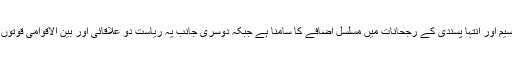
پاکستان کو اندرون ملک فرقہ واریت، نسلی اور اقلیتی تقسیم اور انتہا پسندی کے رجحانات میں مسلسل اضافے کا سامنا ہے جبکہ دوسری جانب یہ ریاست دو علاقائی اور بین الاقوامی قوتوں ایران اور سعودی عرب کے مابین ’سینڈوچ‘ بنا ہوا ہے۔